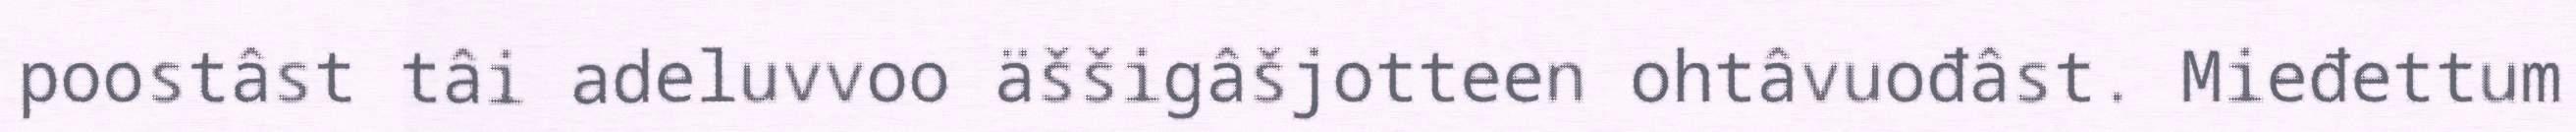
poostâst tâi adeluvvoo äššigâšjotteen ohtâvuođâst. Mieđettum